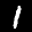
Digit: 1